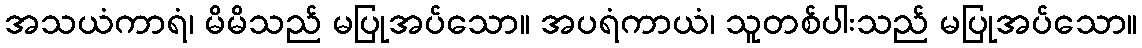
အသယံကာရံ၊ မိမိသည် မပြုအပ်သော။ အပရံကာယံ၊ သူတစ်ပါးသည် မပြုအပ်သော။